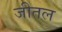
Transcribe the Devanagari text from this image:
जीतल